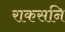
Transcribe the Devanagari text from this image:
राकसनि